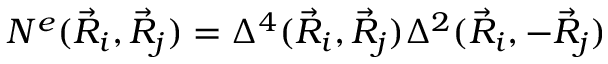
N ^ { e } ( \vec { R } _ { i } , \vec { R } _ { j } ) = \Delta ^ { 4 } ( \vec { R } _ { i } , \vec { R } _ { j } ) \Delta ^ { 2 } ( \vec { R } _ { i } , - \vec { R } _ { j } )